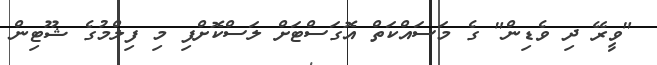
"ވީރޭ ދި ވެޑިން" ގެ މަސައްކަތް އޮގަސްޓަށް ލަސްކޮށްފި މި ފިިލްމުގެ ޝޫޓިން